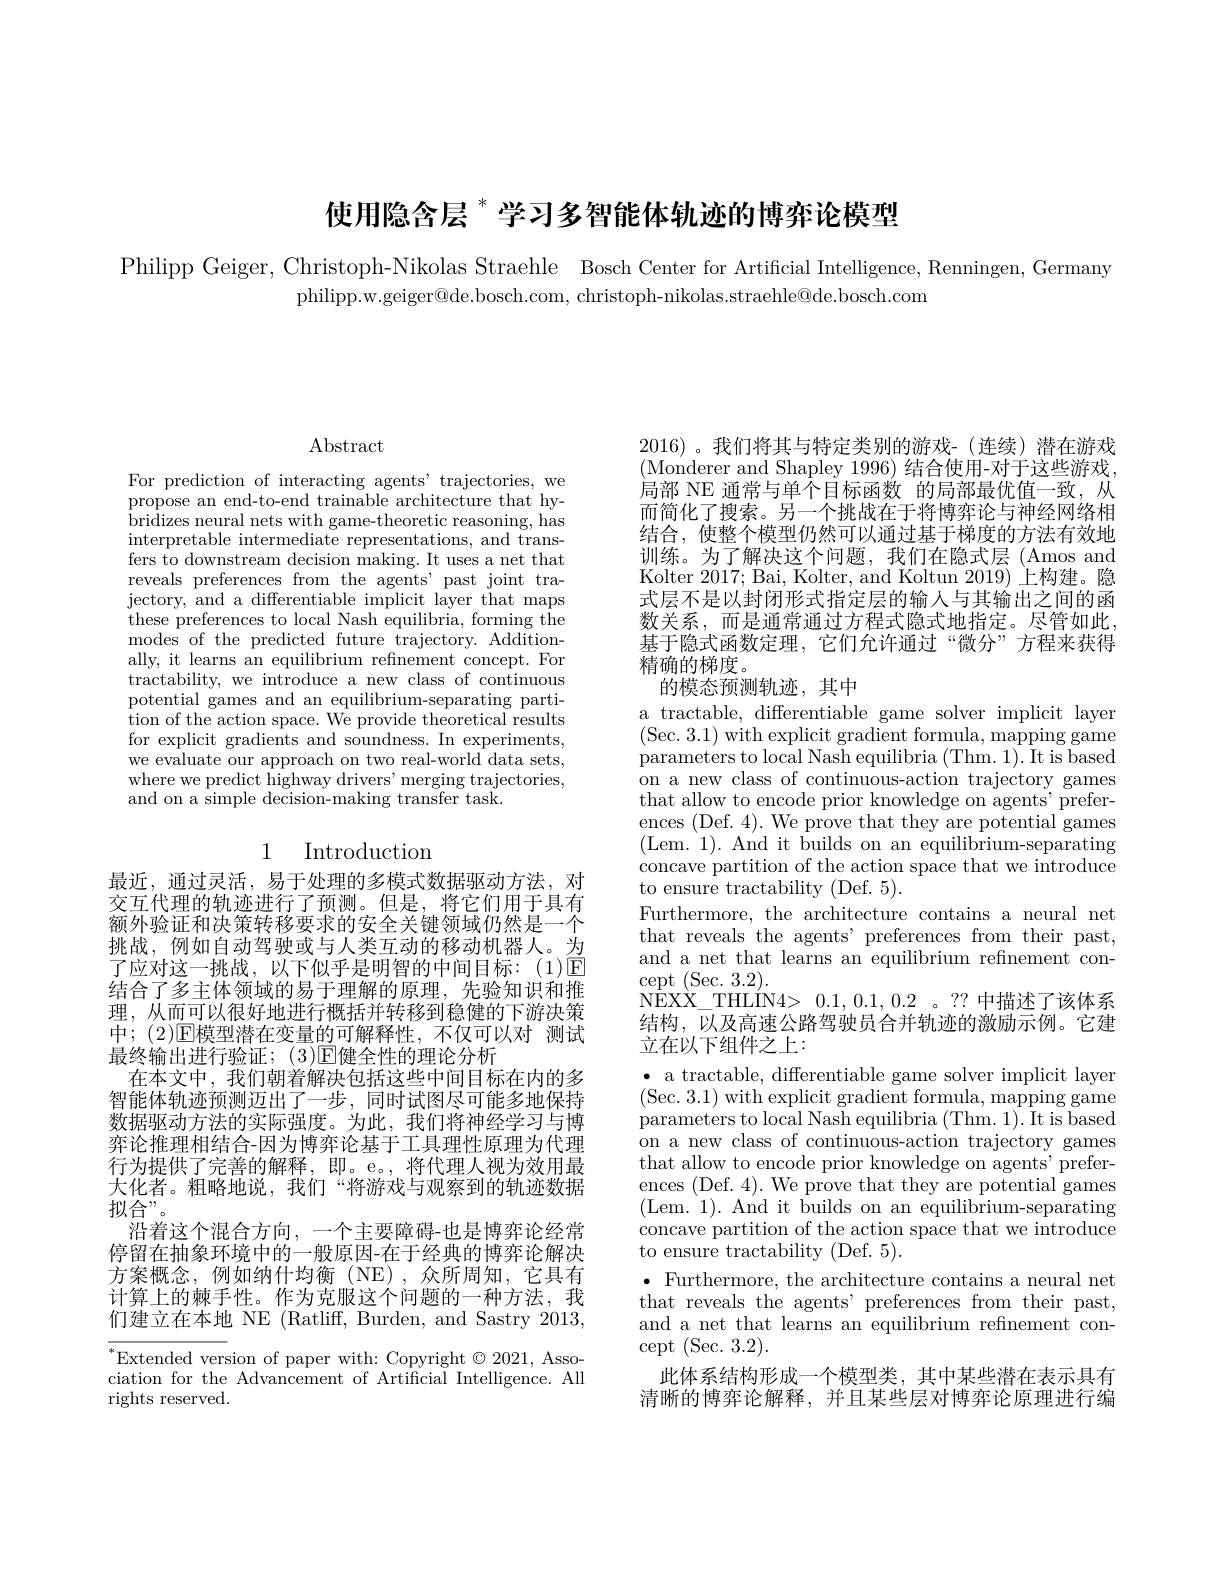
使用隐含层$^*$学习多智能体轨迹的博弈论模型

Philipp Geiger, Christoph-Nikolas Straehle Bosch Center for Artificial Intelligence, Renningen, Germany
philipp.w.geiger@de.bosch.com, christoph-nikolas.straehle@de.bosch.com

$\operatorname{Abstract}$

For prediction of interacting agents' trajectories, we propose an end-to-end trainable architecture that hybridizes neural nets with game-theoretic reasoning, has interpretable intermediate representations, and transfers to downstream decision making. It uses a net that reveals preferences from the agents' past joint trajectory, and a differentiable implicit layer that maps these preferences to local Nash equilibria, forming the modes of the predicted future trajectory. Additionally, it learns an equilibrium refinement concept. For tractability, we introduce a new class of continuous potential games and an equilibrium-separating partition of the action space. We provide theoretical results for explicit gradients and soundness. In experiments, we evaluate our approach on two real-world data sets, where we predict highway drivers' merging trajectories, and on a simple decision-making transfer task.

## 1 Introduction

最近，通过灵活，易于处理的多模式数据驱动方法，对交互代理的轨迹进行了预测。但是，将它们用于具有额外验证和决策转移要求的安全关键领域仍然是一个挑战，例如自动驾驶或与人类互动的移动机器人。为了应对这一挑战，以下似乎是明智的中间目标：(1)回结合了多主体领域的易于理解的原理，先验知识和推理，从而可以很好地进行概括并转移到稳健的下游决策中；(2)$\mathbb{E}$模型潜在变量的可解释性，不仅可以对 测试最终输出进行验证；(3)E健全性的理论分析
在本文中，我们朝着解决包括这些中间目标在内的多智能体轨迹预测迈出了一步，同时试图尽可能多地保持数据驱动方法的实际强度。为此，我们将神经学习与博弈论推理相结合-因为博弈论基于工具理性原理为代理行为提供了完善的解释，即。e。,将代理人视为效用最大化者。粗略地说，我们“将游戏与观察到的轨迹数据拟合”。
沿着这个混合方向，一个主要障碍-也是博弈论经常停留在抽象环境中的一般原因-在于经典的博弈论解决方案概念，例如纳什均衡(NE),众所周知，它具有计算上的棘手性。作为克服这个问题的一种方法，我们建立在本地 NE (Ratliff, Burden, and Sastry 2013, $^{*}$Extended version of paper with: Copyright $\odot2021$, Asso-

ciation for the Advancement of Artificial Intelligence. All
rights reserved.

2016)。我们将其与特定类别的游戏-(连续)潜在游戏(Monderer and Shapley 1996) 结合使用-对于这些游戏， 局部 NE 通常与单个目标函数 的局部最优值一致，从而简化了搜索。另一个挑战在于将博弈论与神经网络相结合，使整个模型仍然可以通过基于梯度的方法有效地训练。为了解决这个问题，我们在隐式层(Amos and Kolter 2017; Bai, Kolter, and Koltun 2019)上构建。隐式层不是以封闭形式指定层的输人与其输出之间的函数关系，而是通常通过方程式隐式地指定。尽管如此， 基于隐式函数定理，它们允许通过“微分”方程来获得精确的梯度。

## 的模态预测轨迹，其中

a tractable, differentiable game solver implicit layer (Sec. 3.1) with explicit gradient formula, mapping game parameters to local Nash equilibria (Thm. 1). It is based on a new class of continuous-action trajectory games that allow to encode prior knowledge on agents' preferences (Def. 4). We prove that they are potential games (Lem. 1). And it builds on an equilibrium-separating concave partition of the action space that we introduce to ensure tractability (Def. 5).
Furthermore, the architecture contains a neural net that reveals the agents' preferences from their past, and a net that learns an equilibrium refinement concept (Sec. 3.2).
N$\hat{E}$X$\hat{X} \_$THL$\acute{I}$N4> 0.1, 0.1, 0.2。??中描述了该体系结构，以及高速公路驾驶员合并轨迹的激励示例。它建立在以下组件之上：
$\bullet$ a tractable, differentiable game solver implicit layer (Sec. 3.1) withe$xplicit gradient formula, mapping game$ parameters to local Nash equilibria (Thm. 1). It is based on a new class of continuous-action trajectory games that allow to encode prior knowledge on agents' preferences (Def. 4). We prove that they are potential games (Lem. 1). And it builds on an equilibrium-separating concave partition of the action space that we introduce to ensure tractability (Def. 5).
$\bullet$ Furthermore, the architecture contains a neural net that reveals the agents' preferences from their past, and a net that learns an equilibrium refinement concept (Sec.3.2).
此体系结构形成一个模型类，其中某些潜在表示具有清晰的博弈论解释，并且某些层对博弈论原理进行编